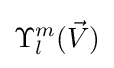
\Upsilon _{l}^{m}({\vec {V}})